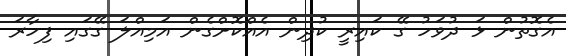
އެގޮތުން ޅަ ދުވަހު ގޭ ކައިރީ ކުދިން އެއްކޮށްގެން އަމިއްލަ ގޭގައި ފިހާރަ